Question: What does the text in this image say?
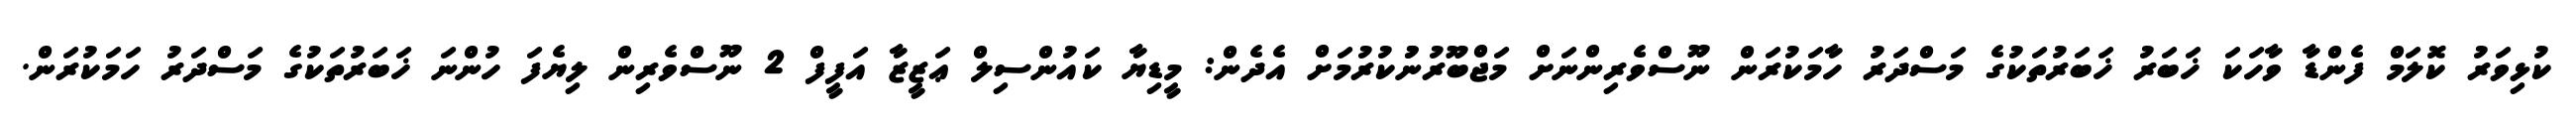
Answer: ކުޅިވަރު ކޮލަމް ފެންޑާ ވާހަކަ ޚަބަރު ޚަބަރުތަކުގެ މަސްދަރު ހާމަކުރަން ނޫސްވެރިންނަށް މަޖްބޫރުނުުކުރުމަށް އެދެން: މީޑިޔާ ކައުންސިލް ޢަޒީޒާ އަފީފް 2 ނޫސްވެރިން ލިޔެފަ ހުންނަ ޚަބަރުތަކުގެ މަސްދަރު ހަމަކުރަން.